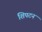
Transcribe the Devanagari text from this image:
शिपटन